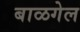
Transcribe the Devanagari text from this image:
बाळगेल